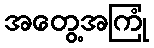
အတွေ့အကြုံ